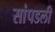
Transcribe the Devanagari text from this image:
सांपडली